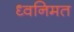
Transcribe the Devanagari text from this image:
ध्वनिमत